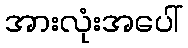
အားလုံးအပေါ်